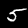
Digit: 5